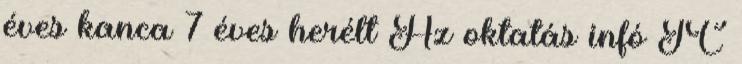
éves kanca 7 éves herélt Az oktatás infó IC